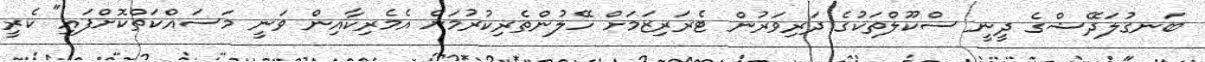
ބަނގުލަދޭޝްގެ ދީނީ ސްކޫލްތަކުގެ ދަރިވަރުން ޓެރަރިޒަމަށް ހޭލުންތެރިކުރުމަށް އެމެރިކާއިން ވަނީ މަސައްކަތްކޮށްފައި" ކެރީ